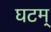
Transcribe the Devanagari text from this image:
घटम्